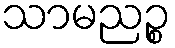
သာမညဉ္စ